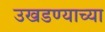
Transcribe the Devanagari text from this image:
उखडण्याच्या